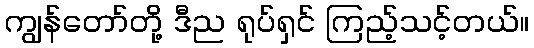
ကျွန်တော်တို့ ဒီည ရုပ်ရှင် ကြည့်သင့်တယ်။